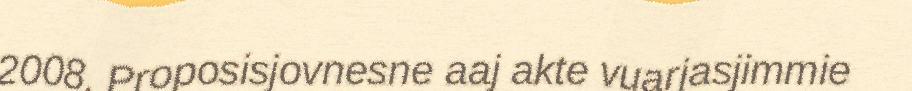
2008. Proposisjovnesne aaj akte vuarjasjimmie